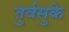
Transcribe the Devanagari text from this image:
तुर्वसुके